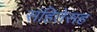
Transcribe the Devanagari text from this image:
संहितेसह